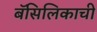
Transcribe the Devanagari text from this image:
बॅसिलिकाची